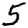
Digit: 5